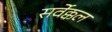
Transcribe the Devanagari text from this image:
सर्वेक्कल